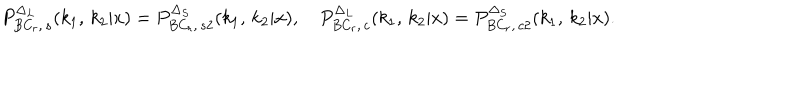
P _ { B C _ { r } , \, s } ^ { \Delta _ { L } } ( k _ { 1 } , \, k _ { 2 } | x ) = P _ { B C _ { r } , \, s 2 } ^ { \Delta _ { S } } ( k _ { 1 } , \, k _ { 2 } | x ) , \quad P _ { B C _ { r } , \, c } ^ { \Delta _ { L } } ( k _ { 1 } , \, k _ { 2 } | x ) = P _ { B C _ { r } , \, c 2 } ^ { \Delta _ { S } } ( k _ { 1 } , \, k _ { 2 } | x ) .